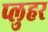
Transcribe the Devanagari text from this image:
प्लुहर